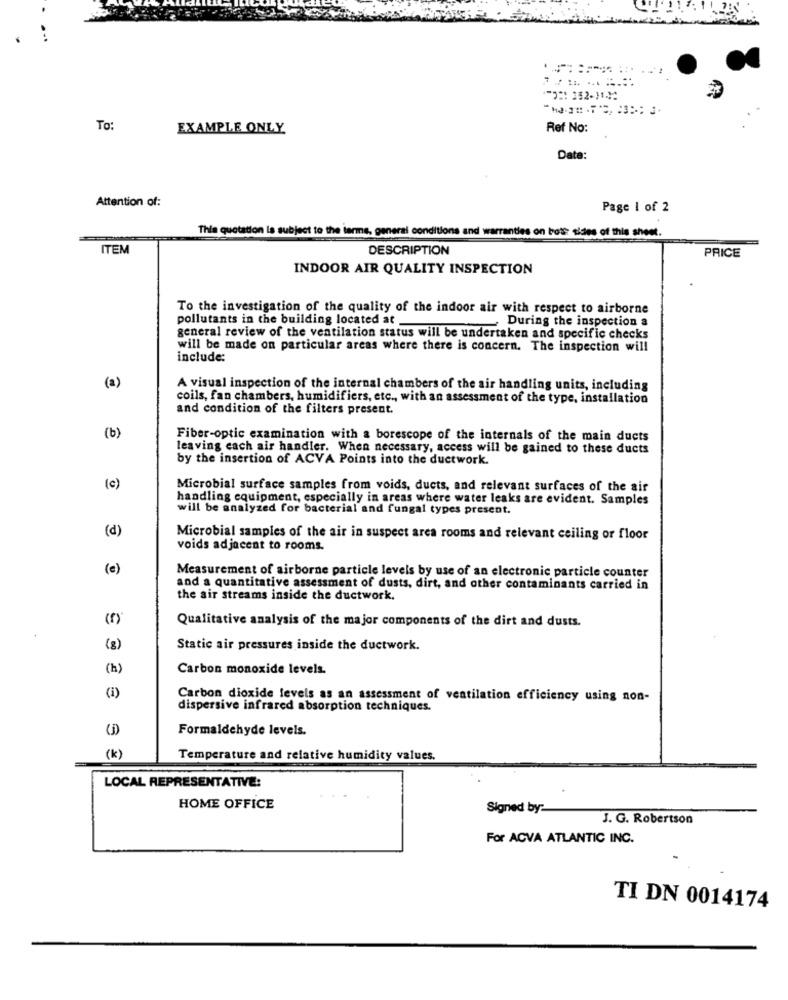
To:
EXAMPLE ONLY
Ref No:
Date:
Attention of:
Page 1 of 2
This quotation is subject to the terms, general conditions and warranties on both sides of this sheet.
ITEM
DESCRIPTION
PRICE
INDOOR AIR QUALITY INSPECTION
To the investigation of the quality of the indoor air with respect to airborne
pollutants in the building located at .
During the inspection a
general review of the ventilation status will be undertaken and specific checks
will be made on particular areas where there is concern. The inspection will
include:
(a)
A visual inspection of the internal chambers of the air handling units, including
coils, fan chambers, humidifiers, etc ., with an assessment of the type, installation
and condition of the filters present.
(b)
Fiber-optic examination with a borescope of the internals of the main ducts
leaving each air handler. When necessary, access will be gained to these ducts
by the insertion of ACVA Points into the ductwork.
(c)
Microbial surface samples from voids, ducts, and relevant surfaces of the air
handling equipment, especially in areas where water leaks are evident. Samples
will be analyzed for bacterial and fungal types present.
(d)
Microbial samples of the air in suspect area rooms and relevant ceiling or floor
voids adjacent to rooms.
(e)
Measurement of airborne particle levels by use of an electronic particle counter
and a quantitative assessment of dusts, dirt, and other contaminants carried in
the air streams inside the ductwork.
(f)
Qualitative analysis of the major components of the dirt and dusts.
(g)
Static air pressures inside the ductwork.
(h)
Carbon monoxide levels.
(i)
Carbon dioxide levels as an assessment of ventilation efficiency using non-
dispersive infrared absorption techniques.
Formaldehyde levels.
(k)
3 ₺
Temperature and relative humidity values.
LOCAL REPRESENTATIVE:
HOME OFFICE
Signed by:
J. G. Robertson
For ACVA ATLANTIC INC.
TI DN 0014174